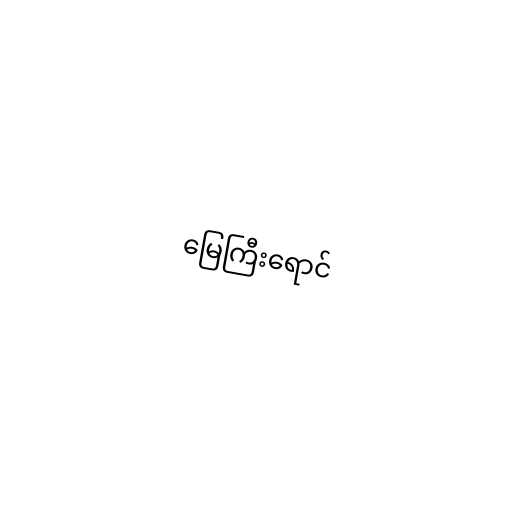
မြေကြီးရောင်